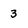
Character: 3